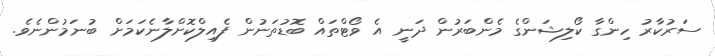
ސަރުކާރު ހިންގާ ކޯލިޝަންގެ މެންބަރުން ދަނީ އެ ވޯޓްތައް ބޮޑުތަނުން ފެއިލްކޮށްލާނެކަމަށް ބުނަމުންނެވެ.